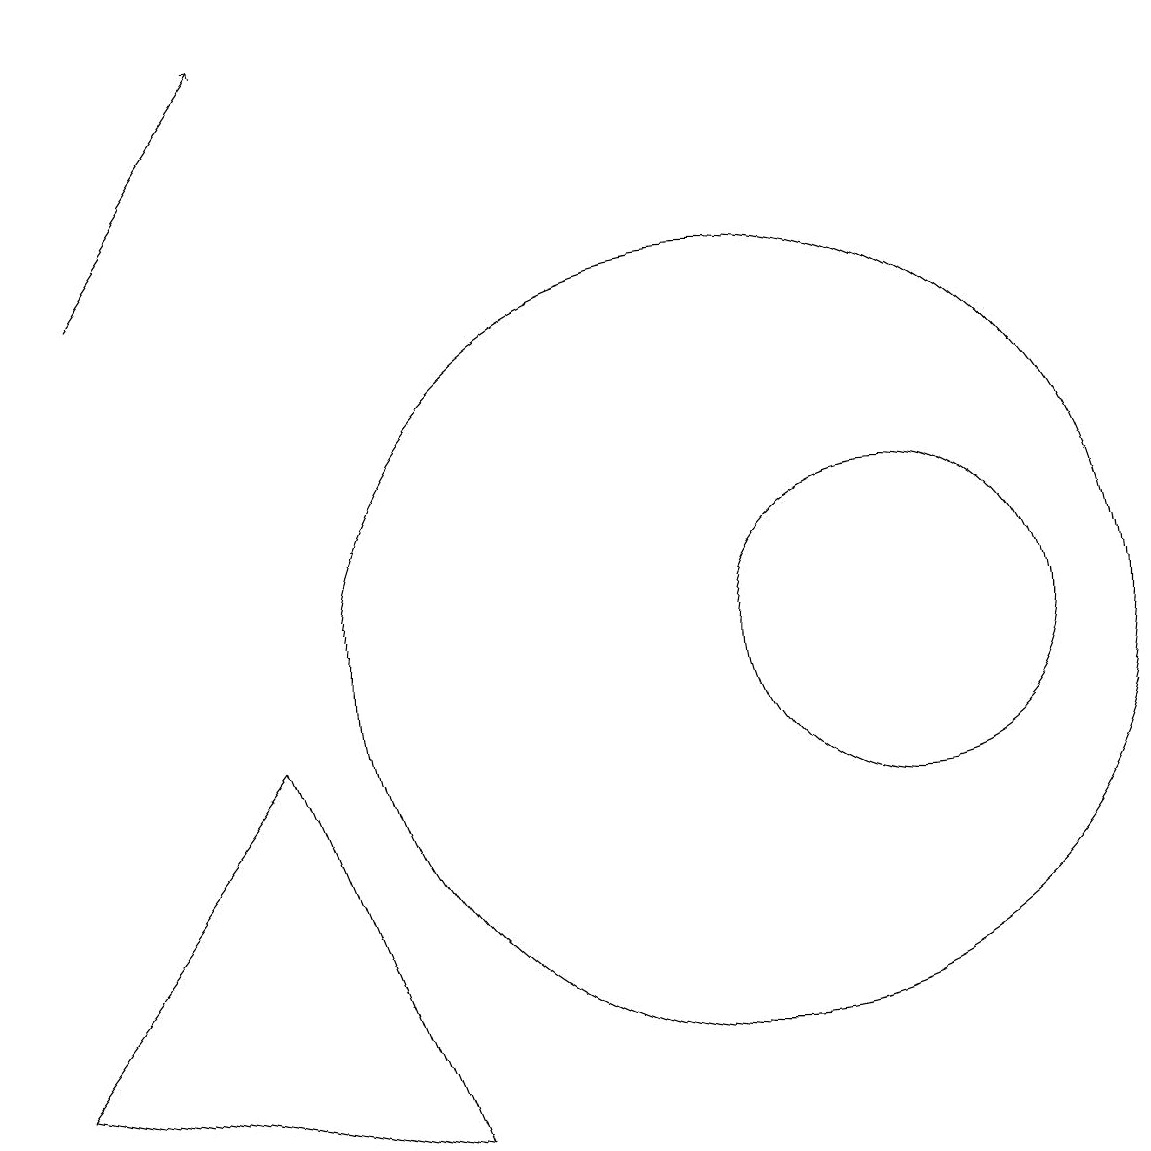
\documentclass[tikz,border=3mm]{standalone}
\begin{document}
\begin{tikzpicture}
\draw (4,9) -- (1,5) -- (6,4) -- cycle;
\draw[->] (2,15) -- (4,18);
\draw (10,10) circle (5);
\draw (12,10) circle (2);
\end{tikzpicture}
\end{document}